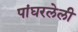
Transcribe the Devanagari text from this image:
पांघरलेली